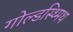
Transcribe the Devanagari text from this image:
गोल्डस्थ्मिथ